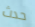
حدث